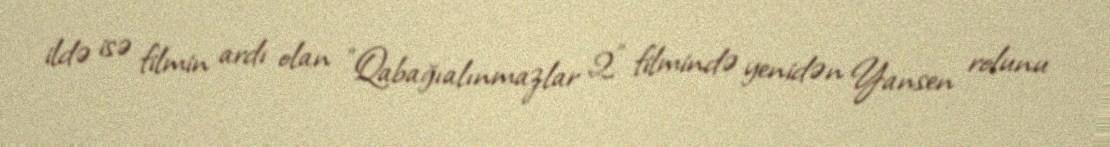
ildə isə filmin ardı olan "Qabağıalınmazlar 2" filmində yenidən Yansen rolunu